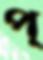
প্